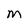
Character: M